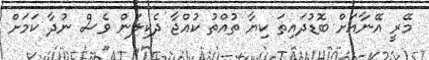
މޭރީ އޭނާއަށް ބޮޑުދައިތަ ކިޔާ ތުއްތު ކުއްޖާ ދެކިލަން ވެސް ނުދާ ކަމަށް